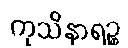
ကုသိနာရဉ္စ